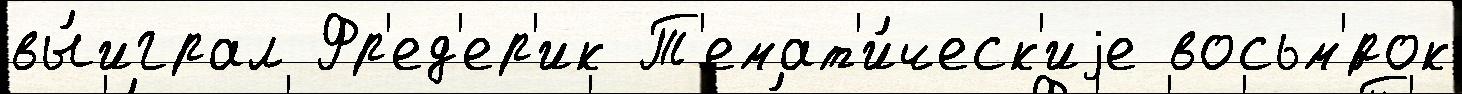
вы́играл Фр'ед'ер'ик Т'емат'и́ческ'иjе восьм'́рок